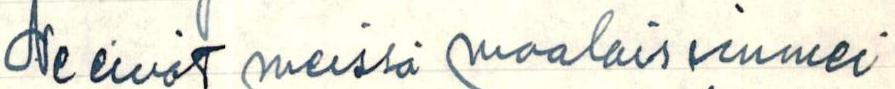
Ne eivät meissä maalais immei